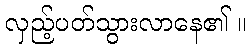
လှည့်ပတ်သွားလာနေ၏ ။